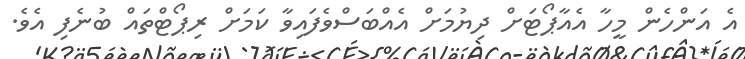
އެ އަންހެން މީހާ އެއާޕޯޓަށް ދިޔުމަށް އެއްބަސްވެފައިވާ ކަމަށް ރިޕޯޓްތައް ބުނެފި އެވެ.